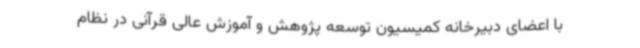
با اعضای دبیرخانه کمیسیون توسعه پژوهش و آموزش عالی قرآنی در نظام